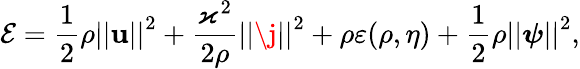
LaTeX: \mathcal{E}=\frac{1}{2}\rho\left\vert\left\vert\mathbf{u}\right\vert\right\vert^{2}+\frac{\varkappa^{2}}{2\rho}\left\vert\left\vert\j\right\vert\right\vert^{2}+\rho\varepsilon(\rho,\eta)+\frac{1}{2}\rho\left\vert\left\vert\boldsymbol{\psi}\right\vert\right\vert^{2},